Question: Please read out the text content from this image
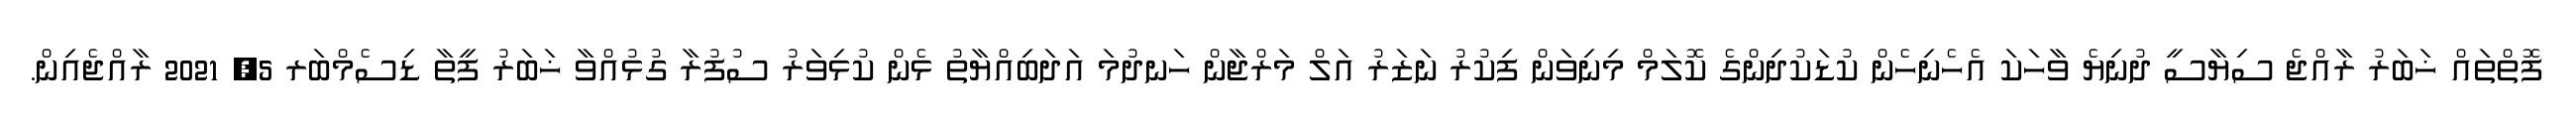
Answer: ފޮތްތައް ޚަބަރު ރާއްޖެ ސިޔާސީ ދުނިޔެ ވާހަކަ އެހެނިހެން ކުޑަކުދިންގެ ކޮލަމް މިނިވަން ފިކުރު ނަޒަރު އަލް މަރްޖާން ހަނދުމަ އަދަބިއްޔާތު ޅެން ކުޅިވަރު ސުފުރާ ގުޅުއްވާ ޚަބަރު ފީތާ ޑިސެމްބަރ 5, 2021 ރާއްޖެއިން.